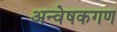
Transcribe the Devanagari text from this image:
अन्वेषकगण